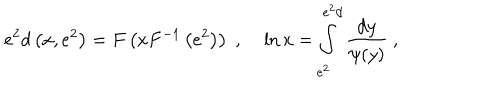
e ^ { 2 } d \left( x , e ^ { 2 } \right) = F \left( x F ^ { - 1 } \left( e ^ { 2 } \right) \right) \; , \; \ln x = \int _ { e ^ { 2 } } ^ { e ^ { 2 } d } \frac { \mathrm { d } y } { \psi ( y ) } ~ ,